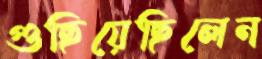
গুছিয়েছিলেন